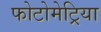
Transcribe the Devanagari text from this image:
फोटोमेट्रिया